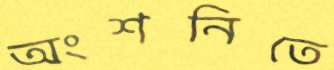
অংশনিতে